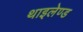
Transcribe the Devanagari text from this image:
थाइलेण्ड